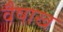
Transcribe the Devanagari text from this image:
वैषाख